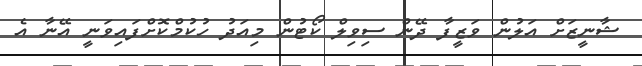
ޝާނީޒަށް އަލުން ވަޒީފާ ދޭން ސިވިލް ކޯޓުން މިއަދު ހުކުމްކޮށްފައިވަނީ އޭނާ އެ